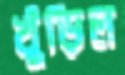
খুঁড়িল